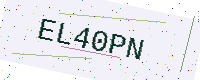
Text: EL40PN